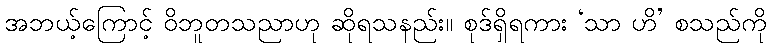
အဘယ့်ကြောင့် ဝိဘူတသညာဟု ဆိုရသနည်း။ စုဒ်ရှိရကား ‘သာ ဟိ’ စသည်ကို